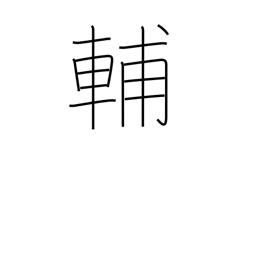
Meaning: help